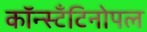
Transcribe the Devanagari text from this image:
कॉन्स्टॅंटिनोपल